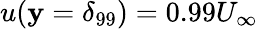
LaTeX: u(\mathbf{y}=\delta_{99})=0.99U_{\infty}